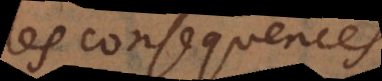
des consequences